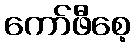
ကော်ဖီစေ့